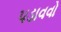
પડાવવો